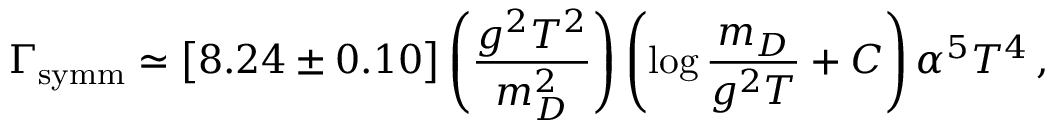
\Gamma _ { \mathrm { s y m m } } \simeq \big [ 8 . 2 4 \pm 0 . 1 0 \big ] \left( \frac { g ^ { 2 } T ^ { 2 } } { m _ { D } ^ { 2 } } \right) \left( \log \frac { m _ { D } } { g ^ { 2 } T } + C \right) \alpha ^ { 5 } T ^ { 4 } \, ,